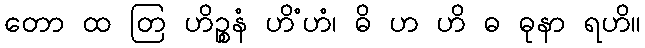
တော ထ တြ ဟိဉ္စနံ ဟိံဟံ၊ ဓိ ဟ ဟိ ဓ ဓုနာ ရဟိ။